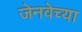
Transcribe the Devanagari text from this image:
जेनवेच्या